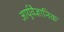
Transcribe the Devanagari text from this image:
आर्युवैज्ञानिक